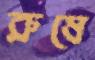
রুষে